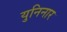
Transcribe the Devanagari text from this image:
युनिनार